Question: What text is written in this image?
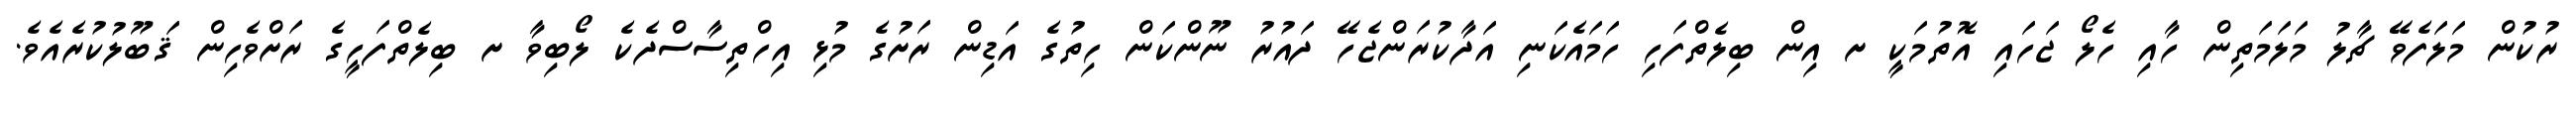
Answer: ރުކުން މަލަފެވޭ ޗާލު މަލަމަތިން ހާއި ހެލޯ ޖަހައި އޮތުމަކީ ށ އިން ބިލެތްފަހި ހަމައެކަނި އަދާކުރަންޖެހޭ ދައުރު ނޫންކަން ހިތުގެ އަޑިން ރަށުގެ މުޅި އިހްތިސާސްދެކެ ލޯބިވާ ށ ބިލެތްފަހީގެ ރަށްވެހިން ޤަބޫލުކުރެއެވެ.